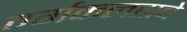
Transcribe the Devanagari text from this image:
वर्गकलहाचे